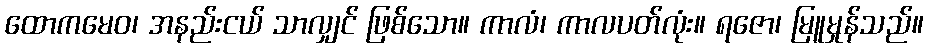
ထောကမေဝ၊ အနည်းငယ် သာလျှင် ဖြစ်သော။ ကာလံ၊ ကာလပတ်လုံး။ ရဇော၊ မြူမှုန်သည်။